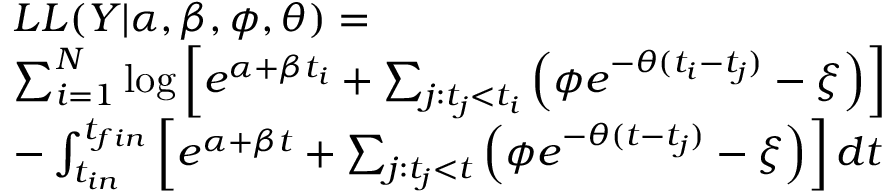
\begin{array} { r l } & { L L ( Y | \alpha , \beta , \phi , \theta ) = } \\ & { \sum _ { i = 1 } ^ { N } \log \left[ e ^ { \alpha + \beta t _ { i } } + \sum _ { j : t _ { j } < t _ { i } } \left( \phi e ^ { - \theta ( t _ { i } - t _ { j } ) } - \xi \right) \right] } \\ & { - \int _ { t _ { i n } } ^ { t _ { f i n } } \left[ e ^ { \alpha + \beta t } + \sum _ { j : t _ { j } < t } \left( \phi e ^ { - \theta ( t - t _ { j } ) } - \xi \right) \right] d t } \end{array}